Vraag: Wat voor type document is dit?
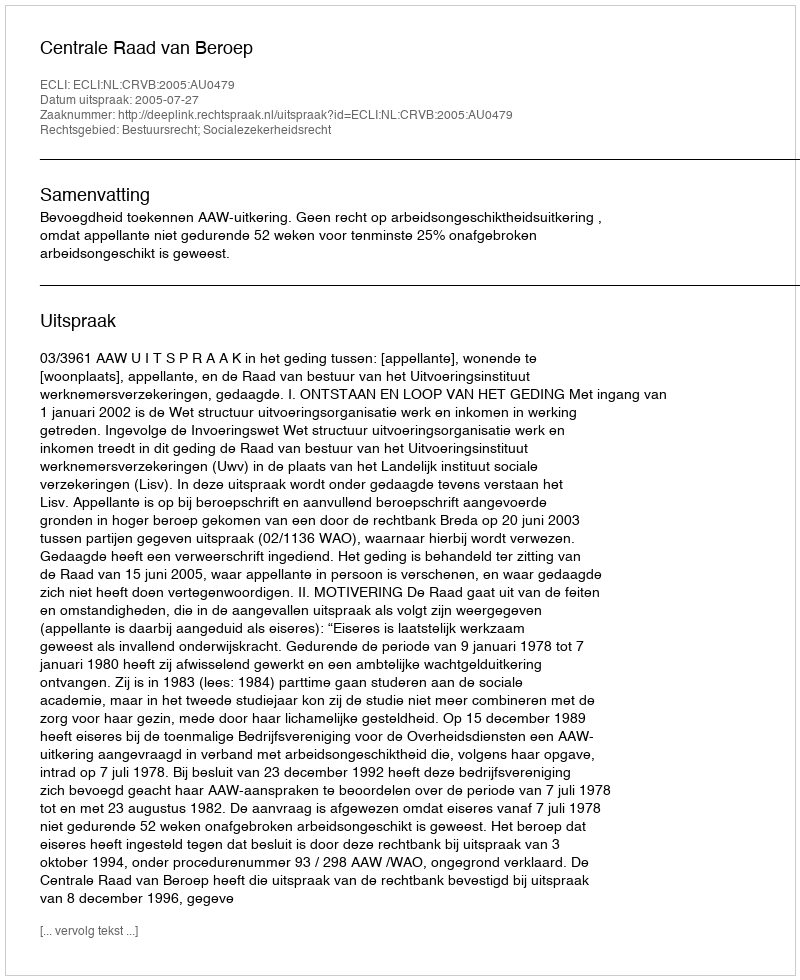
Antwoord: Uitspraak